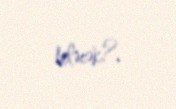
biləcək?.